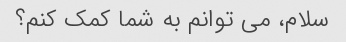
سلام، می توانم به شما کمک کنم؟